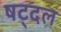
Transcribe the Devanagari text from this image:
षट्दल